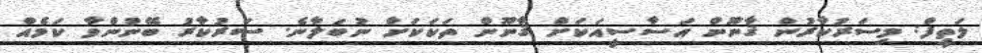
ލަތީފް: މިސަރުކާރުން ޤާނޫން އަސާސީއަކަށް ޤާނޫން ތަކަކަށް ނުބަލާނެ. ސަރުކާރު ބޭނުންވާ ކަމެއް